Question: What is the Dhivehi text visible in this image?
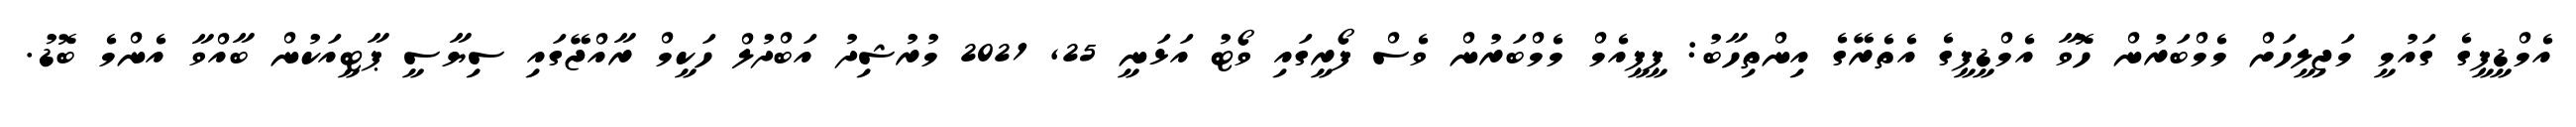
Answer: އެމްޑީޕީގެ ގައުމީ މަޖިލީހަށް މެމްބަރުން ހޮވާ އެމްޑީޕީގެ އެތެރޭގެ އިންތިހާބު: ޕީޕީއެމް މެމްބަރުން ވެސް ފޯރީގައި ވޯޓު އަޅަނީ 25, 2021 މުރުޝިދު އަބްދުލް ހަކީމް ރާއްޖޭގައި ސިޔާސީ ޕާޓީއަކުން ބާއްވާ އެންމެ ބޮޑު.